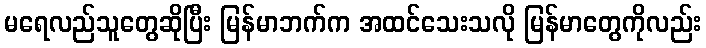
မရေလည်သူတွေဆိုပြီး မြန်မာဘက်က အထင်သေးသလို မြန်မာတွေကိုလည်း